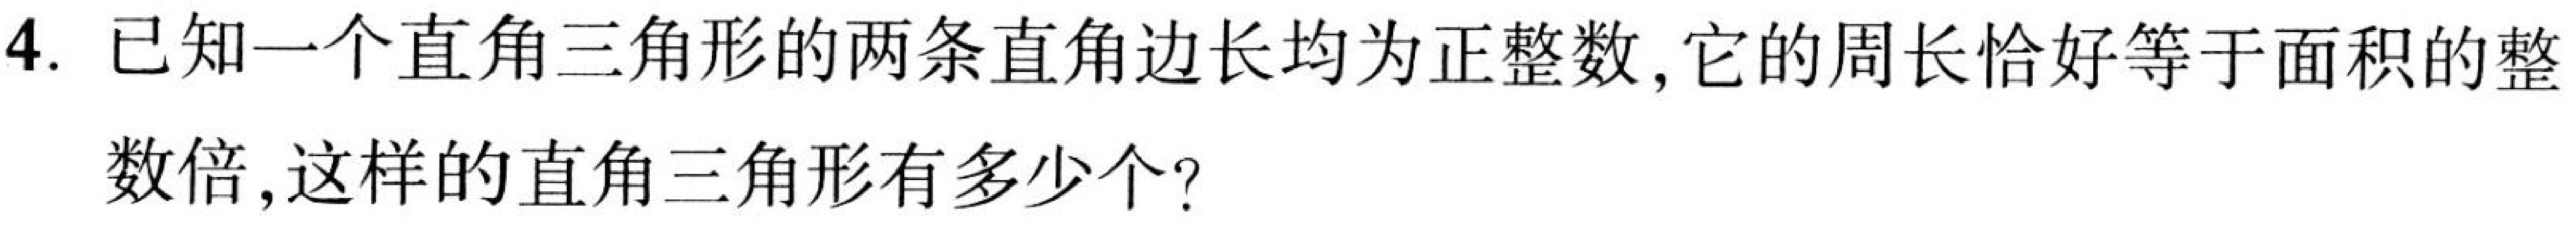
4. 已知一个直角三角形的两条直角边长均为正整数,它的周长恰好等于面积的整
数倍,这样的直角三角形有多少个?